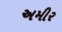
અમીર